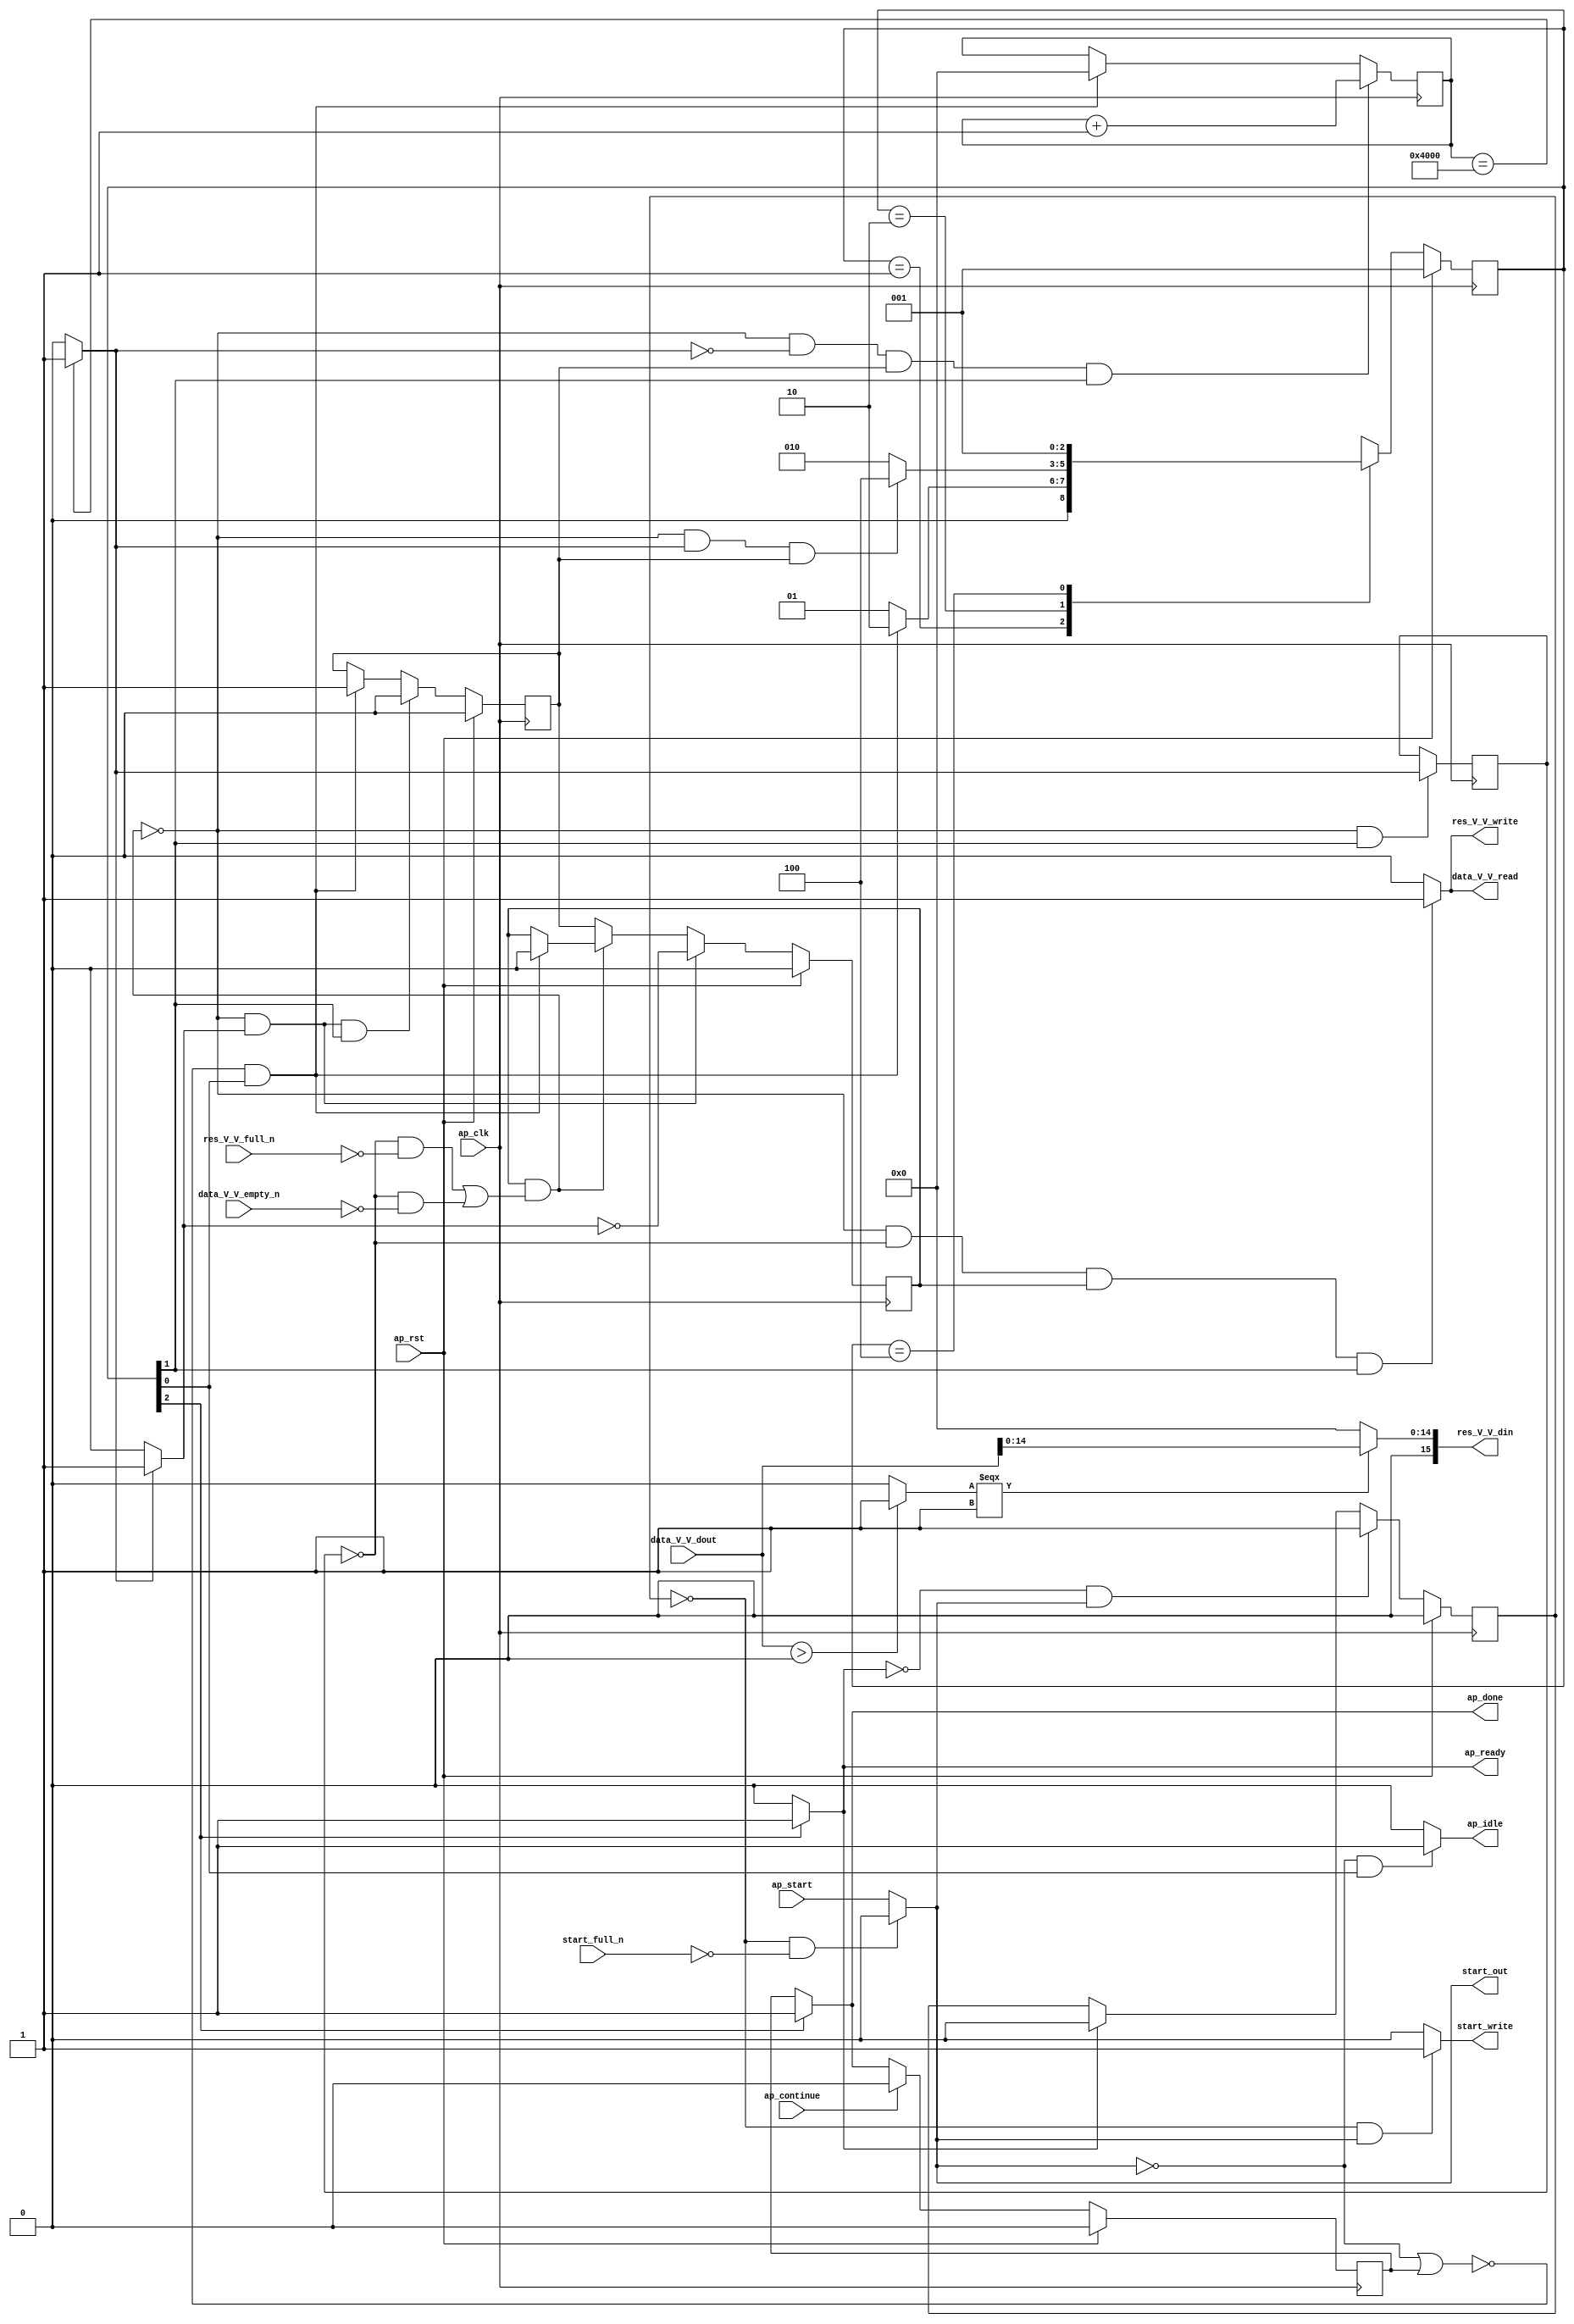
// ==============================================================
// RTL generated by Vivado(TM) HLS - High-Level Synthesis from C, C++ and OpenCL
// Version: 2019.2
// Copyright (C) 1986-2019 Xilinx, Inc. All Rights Reserved.
// 
// ===========================================================

`timescale 1 ns / 1 ps 

module relu_ss_ap_fixed_ap_fixed_16_4_5_3_0_ReLU_config14_s (
        ap_clk,
        ap_rst,
        ap_start,
        start_full_n,
        ap_done,
        ap_continue,
        ap_idle,
        ap_ready,
        start_out,
        start_write,
        data_V_V_dout,
        data_V_V_empty_n,
        data_V_V_read,
        res_V_V_din,
        res_V_V_full_n,
        res_V_V_write
);

parameter    ap_ST_fsm_state1 = 3'd1;
parameter    ap_ST_fsm_pp0_stage0 = 3'd2;
parameter    ap_ST_fsm_state4 = 3'd4;

input   ap_clk;
input   ap_rst;
input   ap_start;
input   start_full_n;
output   ap_done;
input   ap_continue;
output   ap_idle;
output   ap_ready;
output   start_out;
output   start_write;
input  [15:0] data_V_V_dout;
input   data_V_V_empty_n;
output   data_V_V_read;
output  [15:0] res_V_V_din;
input   res_V_V_full_n;
output   res_V_V_write;

reg ap_done;
reg ap_idle;
reg start_write;
reg data_V_V_read;
reg res_V_V_write;

reg    real_start;
reg    start_once_reg;
reg    ap_done_reg;
(* fsm_encoding = "none" *) reg   [2:0] ap_CS_fsm;
wire    ap_CS_fsm_state1;
reg    internal_ap_ready;
reg    data_V_V_blk_n;
wire    ap_CS_fsm_pp0_stage0;
reg    ap_enable_reg_pp0_iter1;
wire    ap_block_pp0_stage0;
reg   [0:0] icmp_ln90_reg_129;
reg    res_V_V_blk_n;
reg   [14:0] i_0_reg_83;
wire   [0:0] icmp_ln90_fu_94_p2;
wire    ap_block_state2_pp0_stage0_iter0;
reg    ap_block_state3_pp0_stage0_iter1;
reg    ap_block_pp0_stage0_11001;
wire   [14:0] i_fu_100_p2;
reg    ap_enable_reg_pp0_iter0;
reg    ap_block_state1;
reg    ap_block_pp0_stage0_subdone;
reg    ap_condition_pp0_exit_iter0_state2;
reg    ap_block_pp0_stage0_01001;
wire   [0:0] icmp_ln1494_fu_110_p2;
wire   [14:0] trunc_ln203_fu_106_p1;
wire   [14:0] tmp_V_fu_116_p3;
wire    ap_CS_fsm_state4;
reg   [2:0] ap_NS_fsm;
reg    ap_idle_pp0;
wire    ap_enable_pp0;

// power-on initialization
initial begin
#0 start_once_reg = 1'b0;
#0 ap_done_reg = 1'b0;
#0 ap_CS_fsm = 3'd1;
#0 ap_enable_reg_pp0_iter1 = 1'b0;
#0 ap_enable_reg_pp0_iter0 = 1'b0;
end

always @ (posedge ap_clk) begin
    if (ap_rst == 1'b1) begin
        ap_CS_fsm <= ap_ST_fsm_state1;
    end else begin
        ap_CS_fsm <= ap_NS_fsm;
    end
end

always @ (posedge ap_clk) begin
    if (ap_rst == 1'b1) begin
        ap_done_reg <= 1'b0;
    end else begin
        if ((ap_continue == 1'b1)) begin
            ap_done_reg <= 1'b0;
        end else if ((1'b1 == ap_CS_fsm_state4)) begin
            ap_done_reg <= 1'b1;
        end
    end
end

always @ (posedge ap_clk) begin
    if (ap_rst == 1'b1) begin
        ap_enable_reg_pp0_iter0 <= 1'b0;
    end else begin
        if (((1'b0 == ap_block_pp0_stage0_subdone) & (1'b1 == ap_condition_pp0_exit_iter0_state2) & (1'b1 == ap_CS_fsm_pp0_stage0))) begin
            ap_enable_reg_pp0_iter0 <= 1'b0;
        end else if ((~((real_start == 1'b0) | (ap_done_reg == 1'b1)) & (1'b1 == ap_CS_fsm_state1))) begin
            ap_enable_reg_pp0_iter0 <= 1'b1;
        end
    end
end

always @ (posedge ap_clk) begin
    if (ap_rst == 1'b1) begin
        ap_enable_reg_pp0_iter1 <= 1'b0;
    end else begin
        if (((1'b0 == ap_block_pp0_stage0_subdone) & (1'b1 == ap_condition_pp0_exit_iter0_state2))) begin
            ap_enable_reg_pp0_iter1 <= (1'b1 ^ ap_condition_pp0_exit_iter0_state2);
        end else if ((1'b0 == ap_block_pp0_stage0_subdone)) begin
            ap_enable_reg_pp0_iter1 <= ap_enable_reg_pp0_iter0;
        end else if ((~((real_start == 1'b0) | (ap_done_reg == 1'b1)) & (1'b1 == ap_CS_fsm_state1))) begin
            ap_enable_reg_pp0_iter1 <= 1'b0;
        end
    end
end

always @ (posedge ap_clk) begin
    if (ap_rst == 1'b1) begin
        start_once_reg <= 1'b0;
    end else begin
        if (((internal_ap_ready == 1'b0) & (real_start == 1'b1))) begin
            start_once_reg <= 1'b1;
        end else if ((internal_ap_ready == 1'b1)) begin
            start_once_reg <= 1'b0;
        end
    end
end

always @ (posedge ap_clk) begin
    if (((1'b0 == ap_block_pp0_stage0_11001) & (icmp_ln90_fu_94_p2 == 1'd0) & (ap_enable_reg_pp0_iter0 == 1'b1) & (1'b1 == ap_CS_fsm_pp0_stage0))) begin
        i_0_reg_83 <= i_fu_100_p2;
    end else if ((~((real_start == 1'b0) | (ap_done_reg == 1'b1)) & (1'b1 == ap_CS_fsm_state1))) begin
        i_0_reg_83 <= 15'd0;
    end
end

always @ (posedge ap_clk) begin
    if (((1'b0 == ap_block_pp0_stage0_11001) & (1'b1 == ap_CS_fsm_pp0_stage0))) begin
        icmp_ln90_reg_129 <= icmp_ln90_fu_94_p2;
    end
end

always @ (*) begin
    if ((icmp_ln90_fu_94_p2 == 1'd1)) begin
        ap_condition_pp0_exit_iter0_state2 = 1'b1;
    end else begin
        ap_condition_pp0_exit_iter0_state2 = 1'b0;
    end
end

always @ (*) begin
    if ((1'b1 == ap_CS_fsm_state4)) begin
        ap_done = 1'b1;
    end else begin
        ap_done = ap_done_reg;
    end
end

always @ (*) begin
    if (((real_start == 1'b0) & (1'b1 == ap_CS_fsm_state1))) begin
        ap_idle = 1'b1;
    end else begin
        ap_idle = 1'b0;
    end
end

always @ (*) begin
    if (((ap_enable_reg_pp0_iter0 == 1'b0) & (ap_enable_reg_pp0_iter1 == 1'b0))) begin
        ap_idle_pp0 = 1'b1;
    end else begin
        ap_idle_pp0 = 1'b0;
    end
end

always @ (*) begin
    if (((icmp_ln90_reg_129 == 1'd0) & (1'b0 == ap_block_pp0_stage0) & (ap_enable_reg_pp0_iter1 == 1'b1) & (1'b1 == ap_CS_fsm_pp0_stage0))) begin
        data_V_V_blk_n = data_V_V_empty_n;
    end else begin
        data_V_V_blk_n = 1'b1;
    end
end

always @ (*) begin
    if (((1'b0 == ap_block_pp0_stage0_11001) & (icmp_ln90_reg_129 == 1'd0) & (ap_enable_reg_pp0_iter1 == 1'b1) & (1'b1 == ap_CS_fsm_pp0_stage0))) begin
        data_V_V_read = 1'b1;
    end else begin
        data_V_V_read = 1'b0;
    end
end

always @ (*) begin
    if ((1'b1 == ap_CS_fsm_state4)) begin
        internal_ap_ready = 1'b1;
    end else begin
        internal_ap_ready = 1'b0;
    end
end

always @ (*) begin
    if (((start_once_reg == 1'b0) & (start_full_n == 1'b0))) begin
        real_start = 1'b0;
    end else begin
        real_start = ap_start;
    end
end

always @ (*) begin
    if (((icmp_ln90_reg_129 == 1'd0) & (1'b0 == ap_block_pp0_stage0) & (ap_enable_reg_pp0_iter1 == 1'b1) & (1'b1 == ap_CS_fsm_pp0_stage0))) begin
        res_V_V_blk_n = res_V_V_full_n;
    end else begin
        res_V_V_blk_n = 1'b1;
    end
end

always @ (*) begin
    if (((1'b0 == ap_block_pp0_stage0_11001) & (icmp_ln90_reg_129 == 1'd0) & (ap_enable_reg_pp0_iter1 == 1'b1) & (1'b1 == ap_CS_fsm_pp0_stage0))) begin
        res_V_V_write = 1'b1;
    end else begin
        res_V_V_write = 1'b0;
    end
end

always @ (*) begin
    if (((start_once_reg == 1'b0) & (real_start == 1'b1))) begin
        start_write = 1'b1;
    end else begin
        start_write = 1'b0;
    end
end

always @ (*) begin
    case (ap_CS_fsm)
        ap_ST_fsm_state1 : begin
            if ((~((real_start == 1'b0) | (ap_done_reg == 1'b1)) & (1'b1 == ap_CS_fsm_state1))) begin
                ap_NS_fsm = ap_ST_fsm_pp0_stage0;
            end else begin
                ap_NS_fsm = ap_ST_fsm_state1;
            end
        end
        ap_ST_fsm_pp0_stage0 : begin
            if (~((1'b0 == ap_block_pp0_stage0_subdone) & (icmp_ln90_fu_94_p2 == 1'd1) & (ap_enable_reg_pp0_iter0 == 1'b1))) begin
                ap_NS_fsm = ap_ST_fsm_pp0_stage0;
            end else if (((1'b0 == ap_block_pp0_stage0_subdone) & (icmp_ln90_fu_94_p2 == 1'd1) & (ap_enable_reg_pp0_iter0 == 1'b1))) begin
                ap_NS_fsm = ap_ST_fsm_state4;
            end else begin
                ap_NS_fsm = ap_ST_fsm_pp0_stage0;
            end
        end
        ap_ST_fsm_state4 : begin
            ap_NS_fsm = ap_ST_fsm_state1;
        end
        default : begin
            ap_NS_fsm = 'bx;
        end
    endcase
end

assign ap_CS_fsm_pp0_stage0 = ap_CS_fsm[32'd1];

assign ap_CS_fsm_state1 = ap_CS_fsm[32'd0];

assign ap_CS_fsm_state4 = ap_CS_fsm[32'd2];

assign ap_block_pp0_stage0 = ~(1'b1 == 1'b1);

always @ (*) begin
    ap_block_pp0_stage0_01001 = ((ap_enable_reg_pp0_iter1 == 1'b1) & (((icmp_ln90_reg_129 == 1'd0) & (res_V_V_full_n == 1'b0)) | ((icmp_ln90_reg_129 == 1'd0) & (data_V_V_empty_n == 1'b0))));
end

always @ (*) begin
    ap_block_pp0_stage0_11001 = ((ap_enable_reg_pp0_iter1 == 1'b1) & (((icmp_ln90_reg_129 == 1'd0) & (res_V_V_full_n == 1'b0)) | ((icmp_ln90_reg_129 == 1'd0) & (data_V_V_empty_n == 1'b0))));
end

always @ (*) begin
    ap_block_pp0_stage0_subdone = ((ap_enable_reg_pp0_iter1 == 1'b1) & (((icmp_ln90_reg_129 == 1'd0) & (res_V_V_full_n == 1'b0)) | ((icmp_ln90_reg_129 == 1'd0) & (data_V_V_empty_n == 1'b0))));
end

always @ (*) begin
    ap_block_state1 = ((real_start == 1'b0) | (ap_done_reg == 1'b1));
end

assign ap_block_state2_pp0_stage0_iter0 = ~(1'b1 == 1'b1);

always @ (*) begin
    ap_block_state3_pp0_stage0_iter1 = (((icmp_ln90_reg_129 == 1'd0) & (res_V_V_full_n == 1'b0)) | ((icmp_ln90_reg_129 == 1'd0) & (data_V_V_empty_n == 1'b0)));
end

assign ap_enable_pp0 = (ap_idle_pp0 ^ 1'b1);

assign ap_ready = internal_ap_ready;

assign i_fu_100_p2 = (i_0_reg_83 + 15'd1);

assign icmp_ln1494_fu_110_p2 = (($signed(data_V_V_dout) > $signed(16'd0)) ? 1'b1 : 1'b0);

assign icmp_ln90_fu_94_p2 = ((i_0_reg_83 == 15'd16384) ? 1'b1 : 1'b0);

assign res_V_V_din = tmp_V_fu_116_p3;

assign start_out = real_start;

assign tmp_V_fu_116_p3 = ((icmp_ln1494_fu_110_p2[0:0] === 1'b1) ? trunc_ln203_fu_106_p1 : 15'd0);

assign trunc_ln203_fu_106_p1 = data_V_V_dout[14:0];

endmodule //relu_ss_ap_fixed_ap_fixed_16_4_5_3_0_ReLU_config14_s